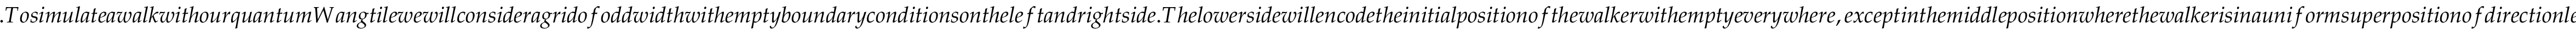
. T o s i m u l a t e a w a l k w i t h o u r q u a n t u m W a n g t i l e w e w i l l c o n s i d e r a g r i d o f o d d w i d t h w i t h e m p t y b o u n d a r y c o n d i t i o n s o n t h e l e f t a n d r i g h t s i d e . T h e l o w e r s i d e w i l l e n c o d e t h e i n i t i a l p o s i t i o n o f t h e w a l k e r w i t h e m p t y e v e r y w h e r e , e x c e p t i n t h e m i d d l e p o s i t i o n w h e r e t h e w a l k e r i s i n a u n i f o r m s u p e r p o s i t i o n o f d i r e c t i o n l e f t a n d r i g h t . T h e u p p e r e d g e o f t h e g r i d w i l l a l l o w u s t o r e a d t h e r e s u l t o f t h e w a l k , w e c a u t i o u s l y c h o o s e a w i d t h l a r g e e n o u g h t o a v o i d f o r c i n g t h e w a l k e r t o b o u n c e , t h a t i s